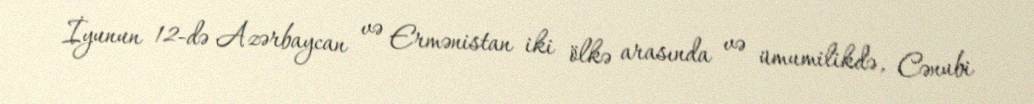
İyunun 12-də Azərbaycan və Ermənistan iki ölkə arasında və ümumilikdə, Cənubi